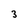
Character: 3